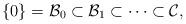
LaTeX: \begin{align*}\{0\}=\mathcal{B}_0\subset\mathcal{B}_1\subset\cdots\subset \mathcal{C},\end{align*}